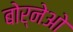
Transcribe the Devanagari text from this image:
बोर्नेओ